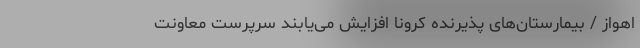
اهواز / بیمارستان‌های پذیرنده کرونا افزایش می‌یابند سرپرست معاونت